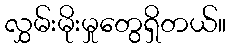
လွှမ်းမိုးမှုတွေရှိတယ်။